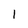
Character: 1